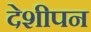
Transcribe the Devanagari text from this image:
देशीपन